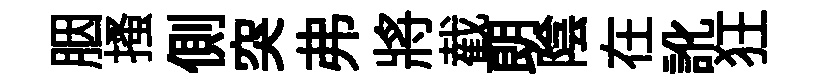
胭搔側突弗將截朗陰在訛狂